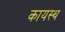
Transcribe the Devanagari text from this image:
कायस्‍थ